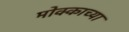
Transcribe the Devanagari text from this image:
मोक्काच्या